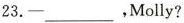
23. —— ___ ,Molly?